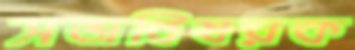
সভাবিষয়ক